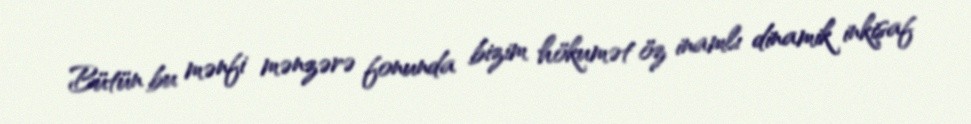
Bütün bu mənfi mənzərə fonunda bizim hökumət öz inamlı dinamik inkişaf